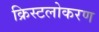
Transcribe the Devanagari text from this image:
क्रिस्टलोकरण